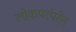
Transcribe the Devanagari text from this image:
लोकपरंपरेत